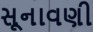
સૂનાવણી